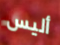
أليس